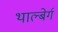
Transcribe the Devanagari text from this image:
थाल्बेर्ग